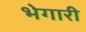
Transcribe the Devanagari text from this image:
भेगारी